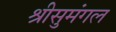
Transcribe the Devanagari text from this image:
श्रीसुमंगल